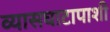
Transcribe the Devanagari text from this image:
व्यासघाटापाशी